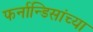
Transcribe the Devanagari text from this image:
फर्नान्डिसांच्या